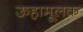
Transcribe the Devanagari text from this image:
ऊहामूलक